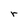
Character: r